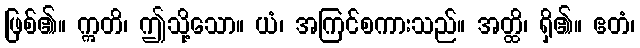
ဖြစ်၏။ ဣတိ၊ ဤသို့သော။ ယံ၊ အကြင်စကားသည်။ အတ္ထိ၊ ရှိ၏။ ဧတံ၊